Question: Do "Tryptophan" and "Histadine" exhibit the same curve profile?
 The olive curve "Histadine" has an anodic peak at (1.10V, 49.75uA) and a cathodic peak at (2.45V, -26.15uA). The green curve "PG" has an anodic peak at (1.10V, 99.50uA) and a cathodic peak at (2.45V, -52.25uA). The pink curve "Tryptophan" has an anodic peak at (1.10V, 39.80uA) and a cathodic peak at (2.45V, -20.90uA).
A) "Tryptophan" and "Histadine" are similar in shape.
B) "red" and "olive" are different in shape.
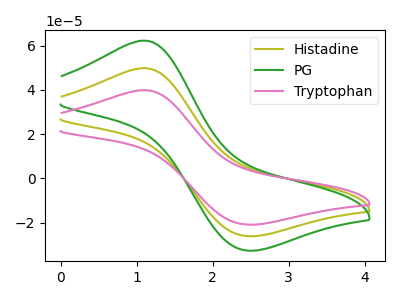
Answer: <think>All the peaks in "Tryptophan" have a peak in "Histadine" at the same potential. Every peak in "Tryptophan" is lower than every peak in "Histadine".
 </think>
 <answer>A) "Tryptophan" and "Histadine" are similar in shape.</answer>
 <eval>A</eval>